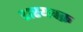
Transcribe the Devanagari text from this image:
शस्यचक्र